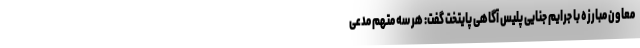
معاون مبارزه با جرایم جنایی پلیس آگاهی پایتخت گفت: هر سه متهم مدعی